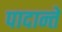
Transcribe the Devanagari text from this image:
पादान्ते